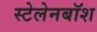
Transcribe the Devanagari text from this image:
स्टेलेनबॉश